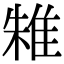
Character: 𨾲